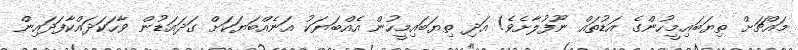
މައްޗަށް ތިޔަބައިމީހުންގެ އަޑުތައް ނޫފުލާށެވެ! އަދި ތިޔަބައިމީހުން އެއްބަޔަކު އަނެއްބަޔަކަށް ގަދައަޑުން ވާހަކަދައްކާފަދައިން